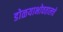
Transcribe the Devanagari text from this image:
डोळयाभोवतालचे